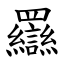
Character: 羉